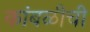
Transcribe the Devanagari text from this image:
कांबळीची